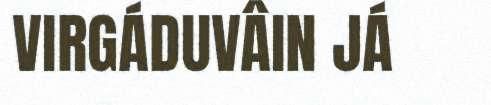
VIRGÁDUVÂIN JÁ